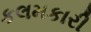
કલમકારી